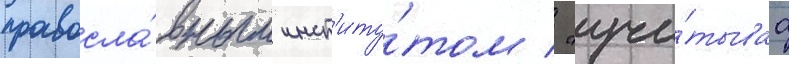
правосла́вным инст'иту́том / "учи́тываа